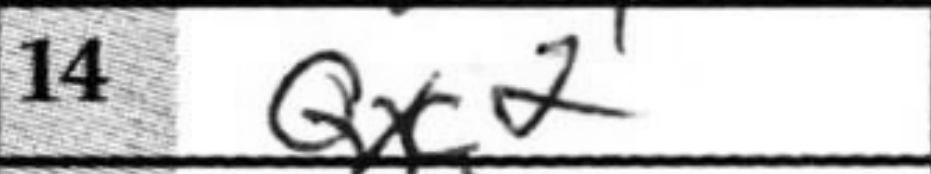
Transcription: Qxc2